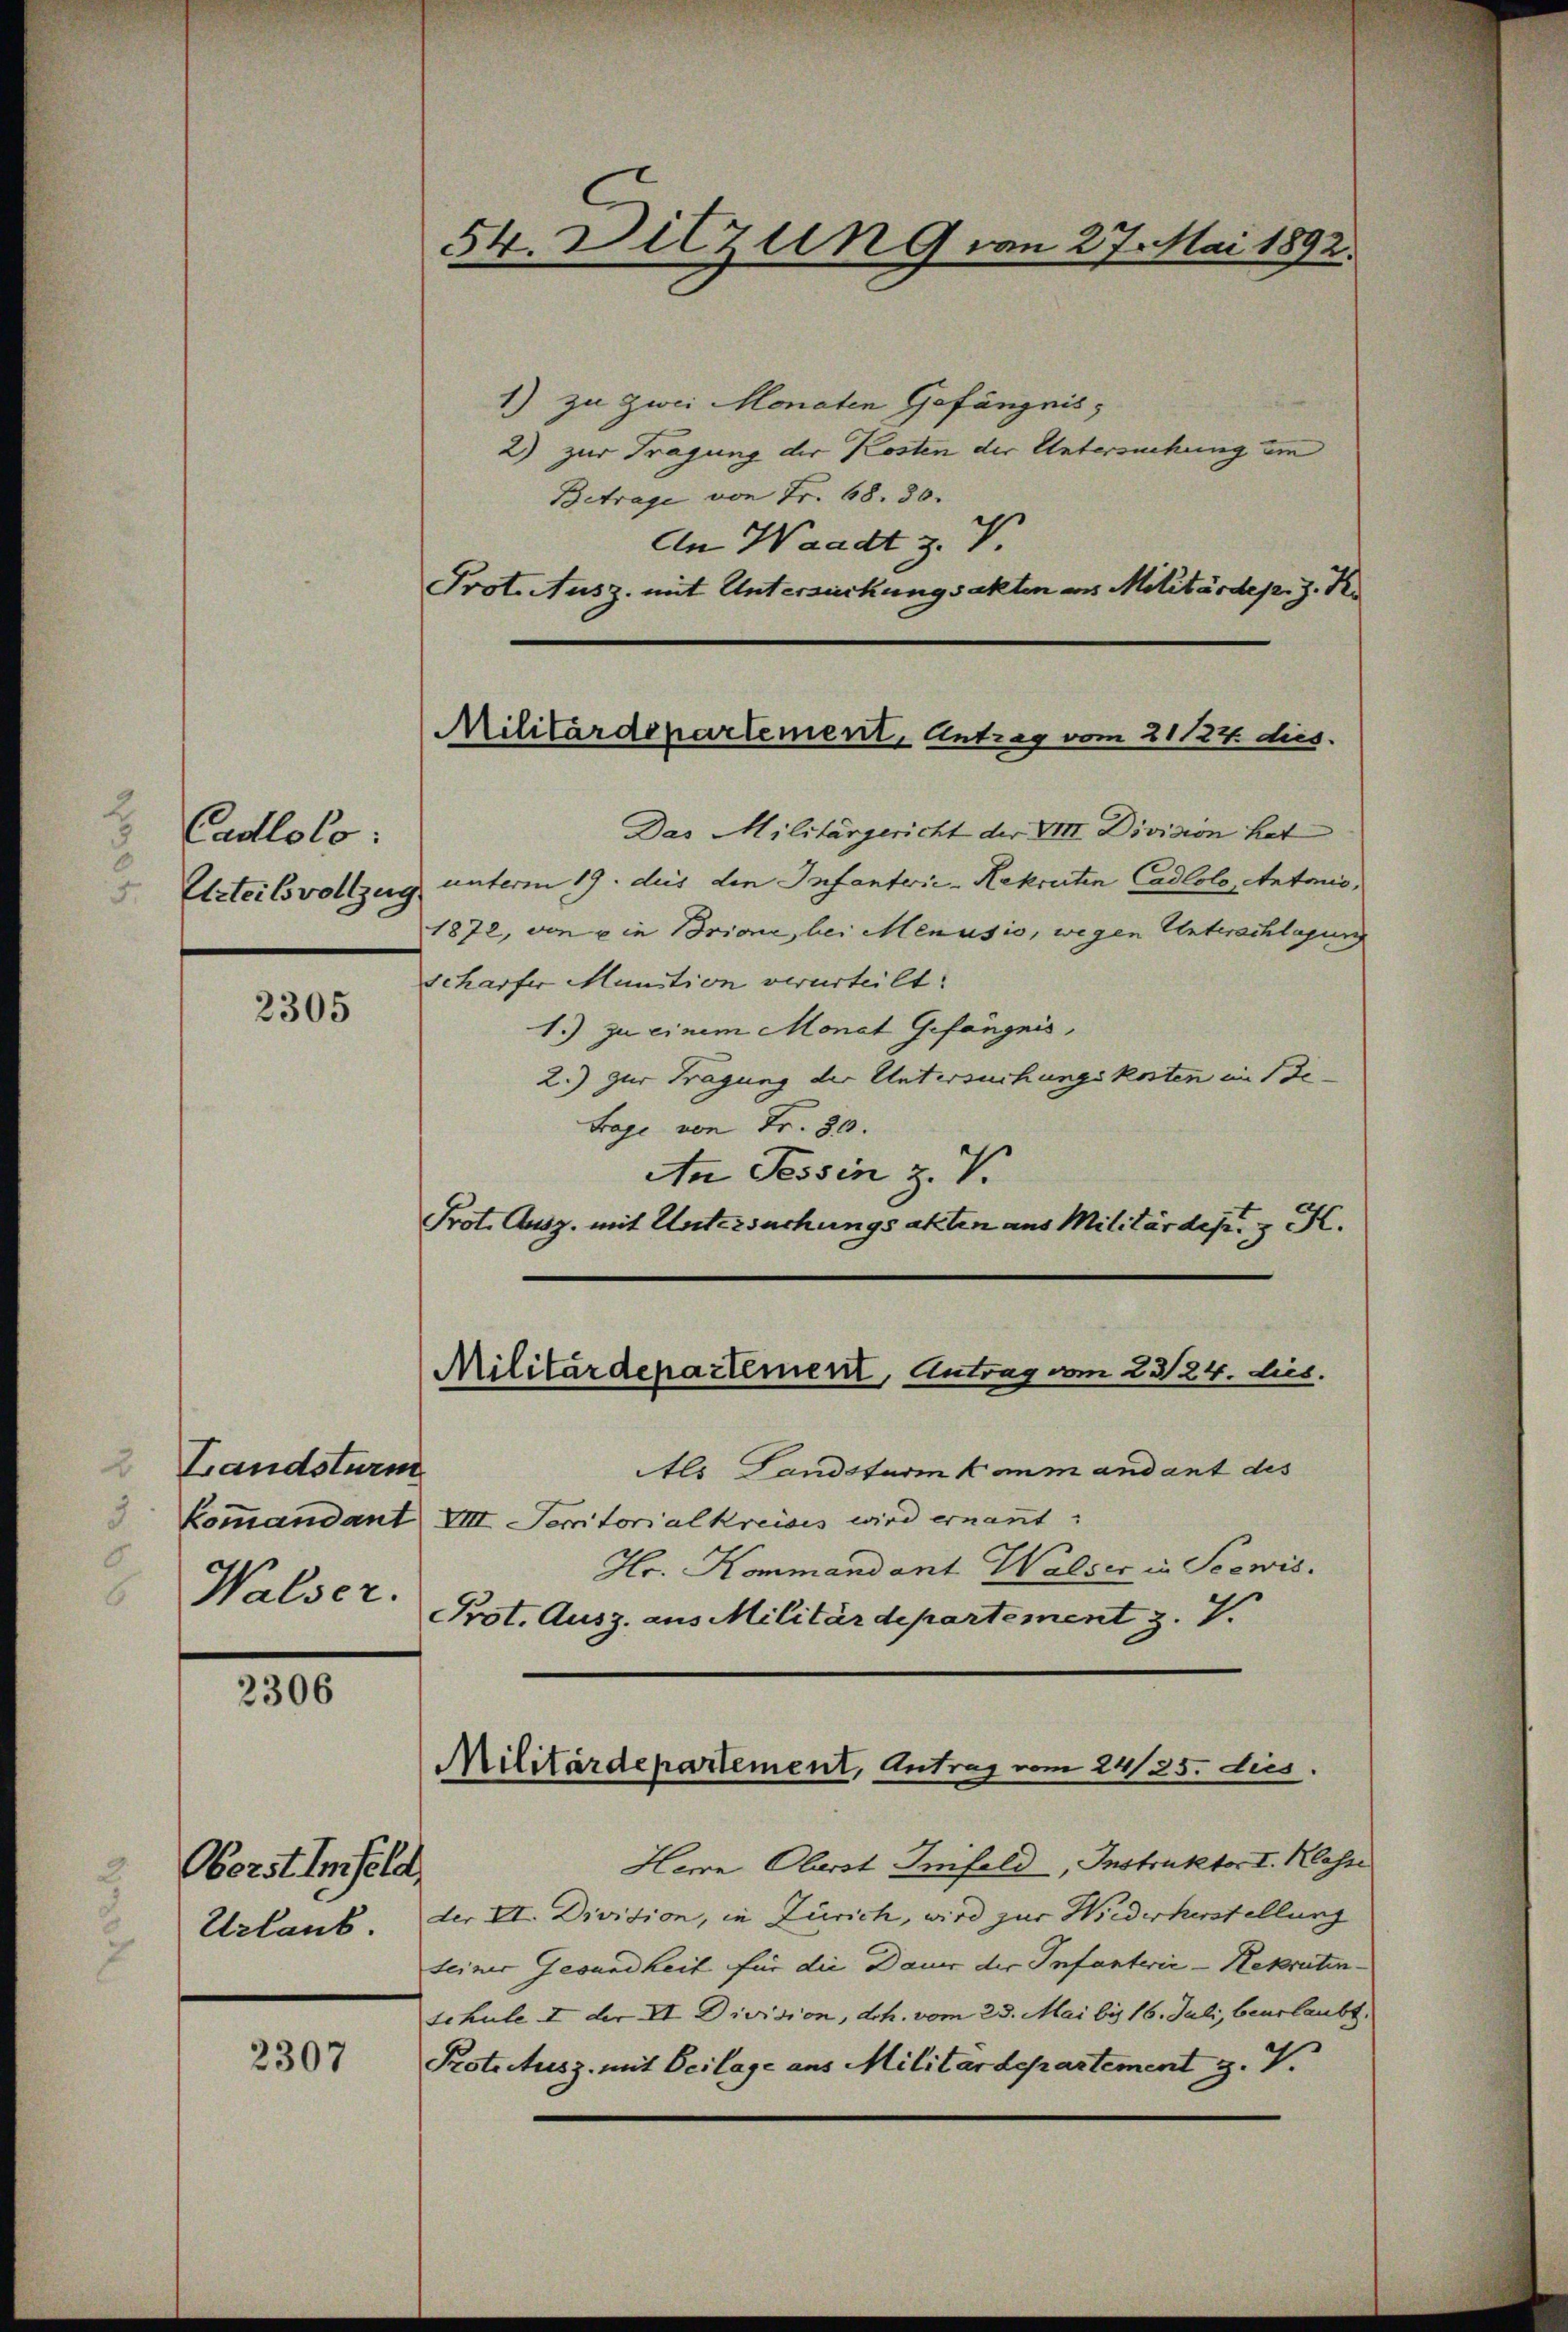
.
Cadlolo:
Eliteilsvollzug
d

2305

Landsturm
Walser.

2306

Oberst Einfeld
Urlaub.

2307

1) zu zwei Monaten Gefängnis,
2) zur Tragung der Kosten der Untersuchung um
Betrage von Fr. 68. 30.
An Waadt z. V
Prot. Ausz. mit Untersuchungsakten aus Militärdep. J. K.

54. Ditzun 9 von 27. Mai 1892.

Das Militärgericht der VIII. Division hat
unterm 19. des den Infanterie-Rekruten Cadlolo, Antonio,
1872, von die Brione, bei Menusio, wegen Unterschlagung
scharfer Munition verurteilt.
1.) zu einem Monat Gefängnis,
2.) zur Tragung der Untersuchungskosten im Be-
Frage von Fr. 30.
An Tessin z. V.
Prot. Ausg. mit Untersuchungsakten aus Militärdep. 3 K

Als Landsturm kaum andant des
Kommandant VIII. Seratorialkreisis wird ernannt:
Hr. Kommandant Walser in Seewis
Prot. Ausz. aus Militärdepartement z. 7.

Militärdepartement, Antrag vom 21 124. dies

Militärdepartement, Antrag vom 23/24. dies

Militärdepartement, Antrag vom 24/25. dies

Herrn Oberst Infeld, Instruktor I. Klasse
der VI. Division, in Zürich, wird zur Wiederkerstellung
seiner Gesundheit für die Dauer der Infanterie-Rekrutenschule I der VI Division, dh. vom 25. Mai bis 16. Juli, beurlaubt.
Protectusz. mit Beilage aus Militärdepartement z. V.